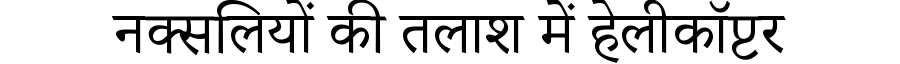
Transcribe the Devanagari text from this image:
नक्सलियों की तलाश में हेलीकॉप्टर